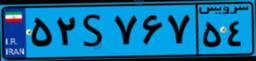
۷۳S۱۲۱۱۹